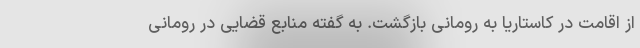
از اقامت در کاستاریا به رومانی بازگشت. به گفته منابع قضایی در رومانی